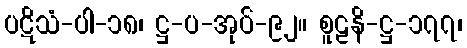
ပဋိသံ-ပါ-၁၈၊ ဋ္ဌ-ပ-အုပ်-၉၂။ စူဠနိ-ဋ္ဌ-၁၇၇၊